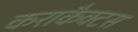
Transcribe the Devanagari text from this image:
कराकैक्टस